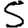
Digit: 5